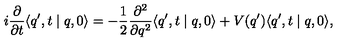
i \frac { \partial } { \partial t } \langle q ^ { \prime } , t \mid q , 0 \rangle = - \frac { 1 } { 2 } \frac { \partial ^ { 2 } } { \partial q ^ { 2 } } \langle q ^ { \prime } , t \mid q , 0 \rangle + V ( q ^ { \prime } ) \langle q ^ { \prime } , t \mid q , 0 \rangle ,